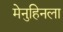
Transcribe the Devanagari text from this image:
मेनुहिनला